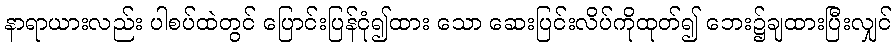
နာရာယားလည်း ပါစပ်ထဲတွင် ပြောင်းပြန်ငုံ၍ထား သော ဆေးပြင်းလိပ်ကိုထုတ်၍ ဘေး၌ချထားပြီးလျှင်